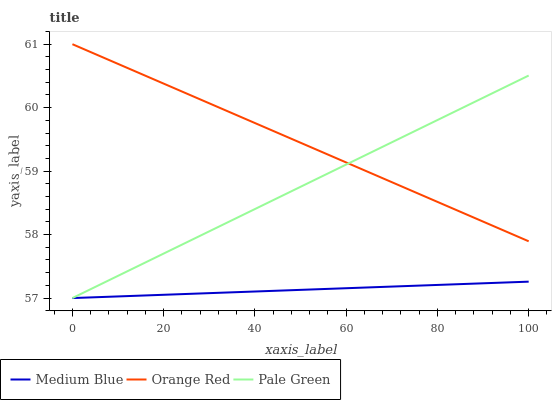
| xaxis_label | Medium Blue | Orange Red | Pale Green |
 | --- | --- | --- | --- |
 | 0 | 57 | 61 | 57 |
 | 11.1 | 57 | 60.7 | 57.4 |
 | 22.2 | 57.1 | 60.3 | 57.8 |
 | 33.3 | 57.1 | 60 | 58.2 |
 | 44.4 | 57.1 | 59.6 | 58.6 |
 | 55.6 | 57.1 | 59.3 | 58.9 |
 | 66.7 | 57.2 | 58.9 | 59.3 |
 | 77.8 | 57.2 | 58.6 | 59.7 |
 | 88.9 | 57.2 | 58.2 | 60.1 |
 | 100 | 57.3 | 57.9 | 60.5 |